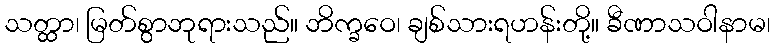
သတ္ထာ၊ မြတ်စွာဘုရားသည်။ ဘိက္ခဝေ၊ ချစ်သားရဟန်းတို့။ ခီဏာသဝါနာမ၊